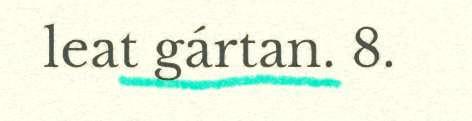
leat gártan. 8.